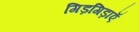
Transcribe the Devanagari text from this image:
गिड़गिड़ाएॅ